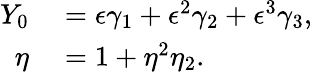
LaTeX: \begin{array}{rl}{Y_{0}}&{{}=\epsilon\gamma_{1}+\epsilon^{2}\gamma_{2}+\epsilon^{3}\gamma_{3},}\\ {\eta}&{{}=1+\eta^{2}\eta_{2}.}\end{array}